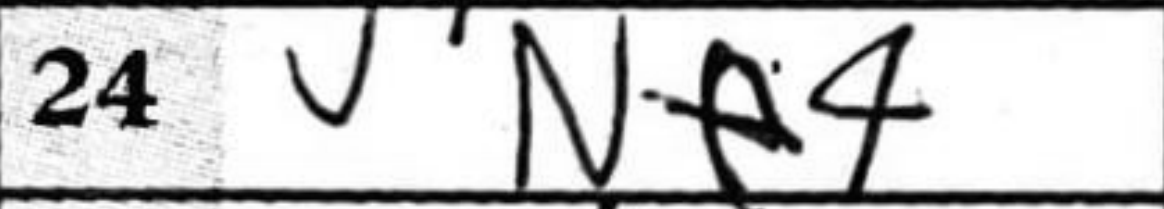
Transcription: Ne4